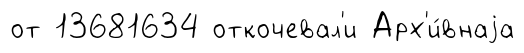
от 13681634 откочевал'и Арх'и́внаjа